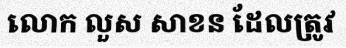
លោក លួស សាខន ដែលត្រូវ